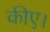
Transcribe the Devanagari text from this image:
कीए।